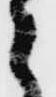
々